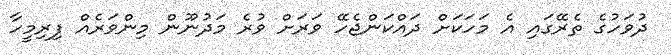
ދުވަހުގެ ތެރޭގައި އެ މަހަކަށް ދައްކަންޖެހޭ ވަރަށް ވުރެ މަދުނޫން މިންވަރެއް ފިރިމީހާ